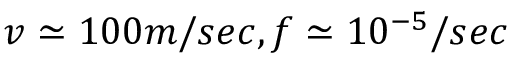
v \simeq 1 0 0 m / s e c , f \simeq 1 0 ^ { - 5 } / s e c